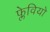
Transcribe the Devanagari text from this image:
फ्लेवियो